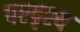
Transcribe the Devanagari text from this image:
परदृश्य